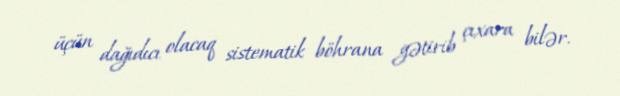
üçün dağıdıcı olacaq sistematik böhrana gətirib çıxara bilər.